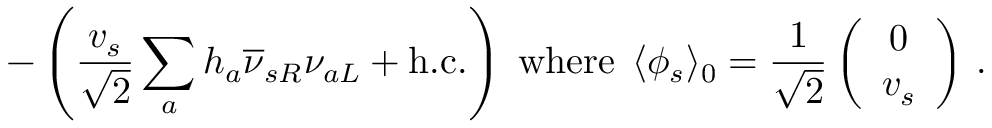
- \left( \frac { v _ { s } } { \sqrt { 2 } } \sum _ { a } h _ { a } \overline { { { \nu } } } _ { s R } \nu _ { a L } + \mathrm { h . c . } \right) \; \mathrm { w h e r e } \; \, \langle \phi _ { s } \rangle _ { 0 } = \frac { 1 } { \sqrt { 2 } } \left( \begin{array} { c } { { 0 } } \\ { { v _ { s } } } \end{array} \right) \, .